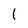
Character: 1